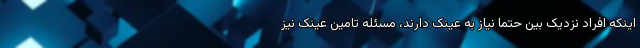
اینکه افراد نزدیک بین حتما نیاز به عینک دارند، مسئله تامین عینک نیز